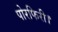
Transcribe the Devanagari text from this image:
पोरफिरी।